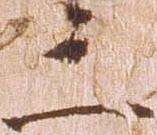
三